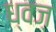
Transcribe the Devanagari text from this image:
ध्वज़